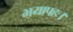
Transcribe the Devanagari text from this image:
भयापहः।